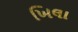
ખિલા